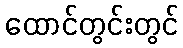
ထောင်တွင်းတွင်